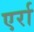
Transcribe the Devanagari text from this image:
एर्रा